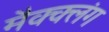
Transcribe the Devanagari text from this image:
मैक्क्लंग